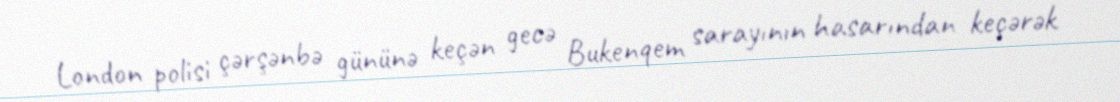
London polisi çərşənbə gününə keçən gecə Bukenqem sarayının hasarından keçərək